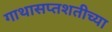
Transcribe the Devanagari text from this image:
गाथासप्तशतीच्या